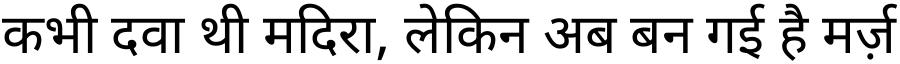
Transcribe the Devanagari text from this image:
कभी दवा थी मदिरा, लेकिन अब बन गई है मर्ज़